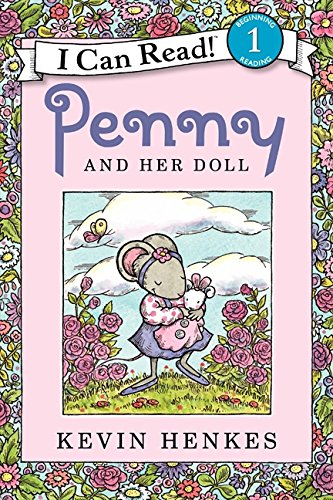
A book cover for Penny and Her Doll (I Can Read Level 1); Kevin Henkes; Children's Books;